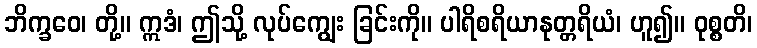
ဘိက္ခဝေ၊ တို့။ ဣဒံ၊ ဤသို့ လုပ်ကျွေး ခြင်းကို။ ပါရိစရိယာနုတ္တရိယံ၊ ဟူ၍။ ဝုစ္စတိ၊